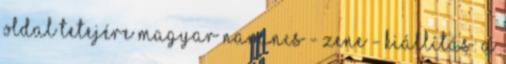
oldal tetejére Magyar Narancs - Zene - Kiállítás: A